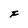
Character: F